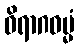
ဝိရာဂဓမ္မံ